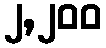
၂,၂၀၀